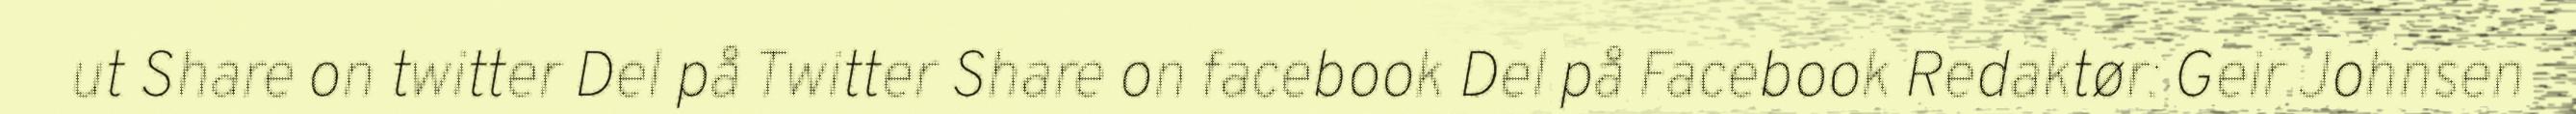
ut Share on twitter Del på Twitter Share on facebook Del på Facebook Redaktør: Geir Johnsen